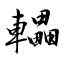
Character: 轠